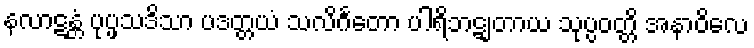
နလာဋန္တံ ပုပ္ဖသဒိသာ ပဒတ္တယံ သလိင်္ဂတော ပါရိဘဋျတာယ သုပ္ပဝတ္တိ အနာဝိလေ